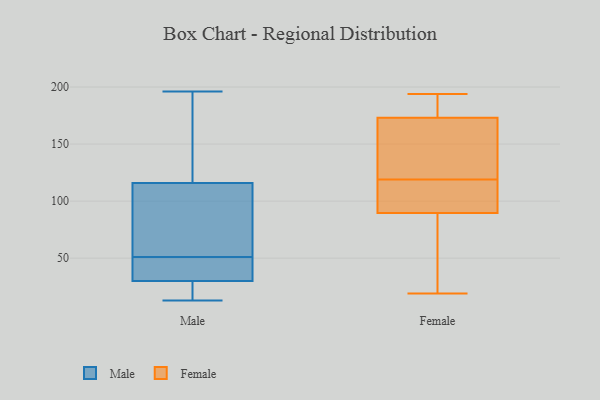
{"axis": {"x": "Demand Index", "y": "Value"}, "legend": ["Female", "Male"], "data": [{"x": "", "y": 147, "type": "Male"}, {"x": "", "y": 13, "type": "Male"}, {"x": "", "y": 30, "type": "Male"}, {"x": "", "y": 21, "type": "Male"}, {"x": "", "y": 118, "type": "Male"}, {"x": "", "y": 30, "type": "Male"}, {"x": "", "y": 110, "type": "Male"}, {"x": "", "y": 196, "type": "Male"}, {"x": "", "y": 82, "type": "Male"}, {"x": "", "y": 98, "type": "Male"}, {"x": "", "y": 51, "type": "Male"}, {"x": "", "y": 38, "type": "Male"}, {"x": "", "y": 25, "type": "Male"}, {"x": "", "y": 49, "type": "Male"}, {"x": "", "y": 36, "type": "Male"}, {"x": "", "y": 22, "type": "Male"}, {"x": "", "y": 124, "type": "Male"}, {"x": "", "y": 193, "type": "Male"}, {"x": "", "y": 92, "type": "Male"}, {"x": "", "y": 19, "type": "Female"}, {"x": "", "y": 153, "type": "Female"}, {"x": "", "y": 49, "type": "Female"}, {"x": "", "y": 49, "type": "Female"}, {"x": "", "y": 119, "type": "Female"}, {"x": "", "y": 142, "type": "Female"}, {"x": "", "y": 171, "type": "Female"}, {"x": "", "y": 179, "type": "Female"}, {"x": "", "y": 186, "type": "Female"}, {"x": "", "y": 111, "type": "Female"}, {"x": "", "y": 194, "type": "Female"}, {"x": "", "y": 103, "type": "Female"}, {"x": "", "y": 107, "type": "Female"}]}